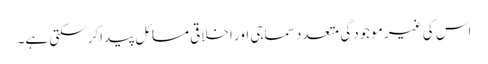
اس کی غیر موجودگی متعدد سماجی اور اخلاقی مسائل پیداکرسکتی ہے۔